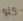
كلو